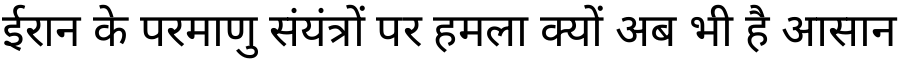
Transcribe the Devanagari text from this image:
ईरान के परमाणु संयंत्रों पर हमला क्यों अब भी है आसान